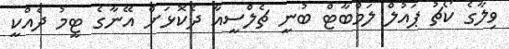
ވިލާގެ ކޯޗު ޕައުލް ލަމްބާޓް ބުނީ ޗެލްސީއާ ދެކޮޅަށް އޭނާގެ ޓީމު ދެއްކީ